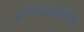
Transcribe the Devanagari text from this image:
आनंदासाठीचे